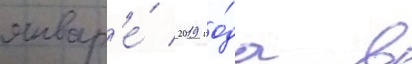
январ'е́ 2019 го́да в